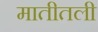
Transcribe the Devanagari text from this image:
मातीतली